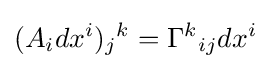
(A_{i}dx^{i})_{j}{}^{k}=\Gamma ^{k}{}_{ij}dx^{i}